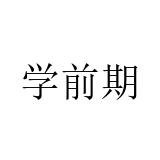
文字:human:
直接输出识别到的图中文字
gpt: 学前期